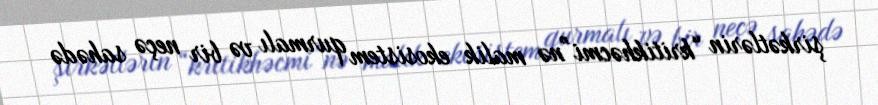
şirkətlərin “kritikhəcmi”nə malik ekosistem qurmalı və bir neçə sahədə